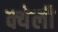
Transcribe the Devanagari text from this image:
क्येली